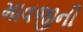
માવજીની